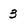
Character: 3